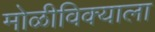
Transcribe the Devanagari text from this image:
मोळीविक्याला